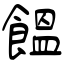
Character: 饂